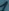
Text: 1